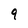
Character: 9